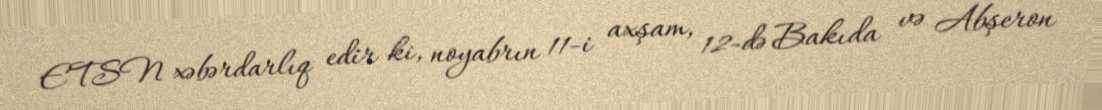
ETSN xəbərdarlıq edir ki, noyabrın 11-i axşam, 12-də Bakıda və Abşeron